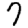
Digit: 7